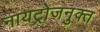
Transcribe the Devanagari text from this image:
नायट्रोजनुक्त